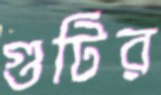
গুটির